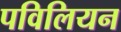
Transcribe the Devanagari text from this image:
पविलियन